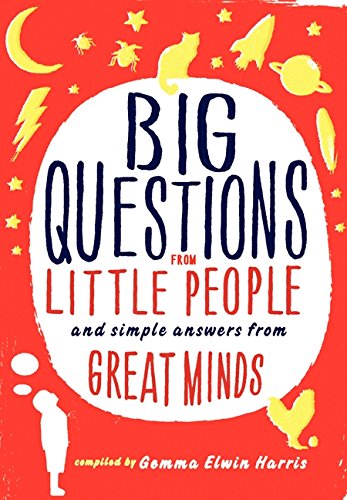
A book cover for Big Questions from Little People: And Simple Answers from Great Minds; Gemma Elwin Harris; Humor & Entertainment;